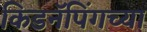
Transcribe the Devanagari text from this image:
किडनॅपिंगच्या